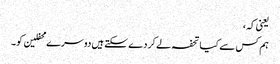
یعنی کہ،
ہم کس سے کیا تحفہ لے کر دے سکتے ہیں دوسرے محفلین کو۔